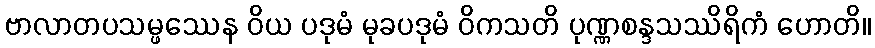
ဗာလာတပသမ္ဖဿေန ဝိယ ပဒုမံ မုခပဒုမံ ဝိကသတိ ပုဏ္ဏစန္ဒသဿိရိကံ ဟောတိ။